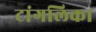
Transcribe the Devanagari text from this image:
टांगलिका